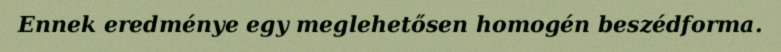
Ennek eredménye egy meglehetősen homogén beszédforma.